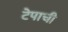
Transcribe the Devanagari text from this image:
टेपाची